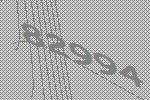
82994